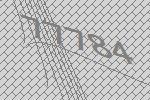
77784